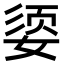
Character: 媭